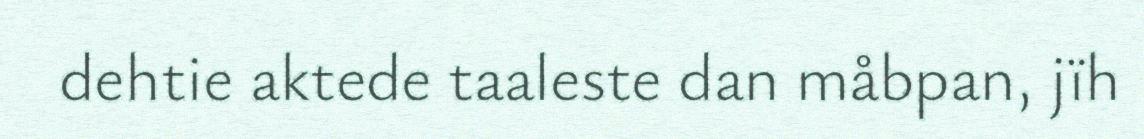
dehtie aktede taaleste dan måbpan, jïh